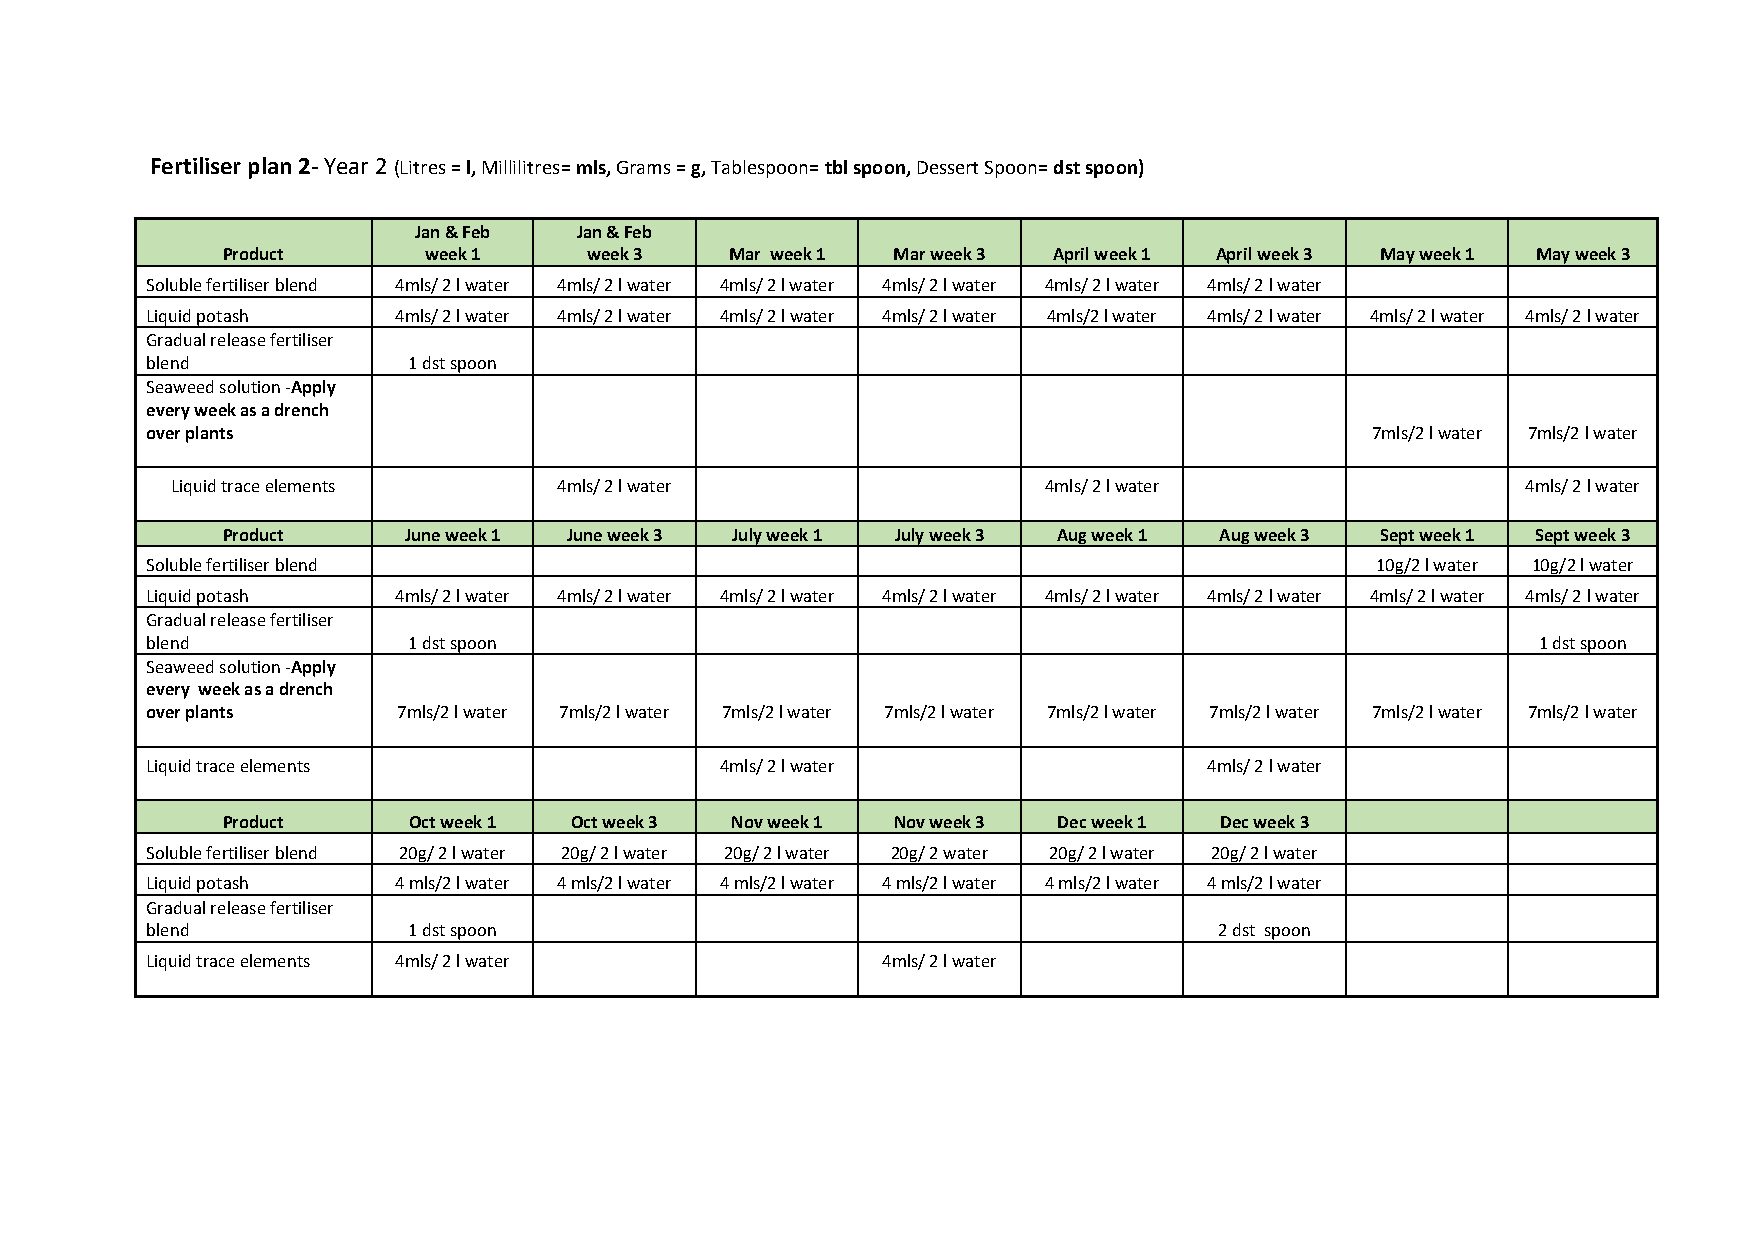
Fertiliser plan 2- Year 2 (Litres = l, Millilitres= mls, Grams = g, Tablespoon= tbl spoon, Dessert Spoon= dst spoon)
 Jan & Feb  Jan & Feb
 Product      week 1     week 3   Mar week 1 Mar week 3 April week 1 April week 3 May week 1 May week 3
 Soluble fertiliser blend 4mls/ 2 l water 4mls/ 2 l water 4mls/ 2 l water 4mls/ 2 l water 4mls/ 2 l water 4mls/ 2 l water
 Liquid potash   4mls/ 2 l water 4mls/ 2 l water 4mls/ 2 l water 4mls/ 2 l water 4mls/2 l water 4mls/ 2 l water 4mls/ 2 l water 4mls/ 2 l water
 Gradual release fertiliser
 blend            1 dst spoon
 Seaweed solution -Apply
 every week as a drench
 over plants                                                                      7mls/2 l water 7mls/2 l water
 Liquid trace elements     4mls/ 2 l water                 4mls/ 2 l water                 4mls/ 2 l water
 Product     June week 1 June week 3 July week 1 July week 3 Aug week 1 Aug week 3 Sept week 1 Sept week 3
 Soluble fertiliser blend                                                         10g/2 l water 10g/2 l water
 Liquid potash   4mls/ 2 l water 4mls/ 2 l water 4mls/ 2 l water 4mls/ 2 l water 4mls/ 2 l water 4mls/ 2 l water 4mls/ 2 l water 4mls/ 2 l water
 Gradual release fertiliser
 blend            1 dst spoon                                                                1 dst spoon
 Seaweed solution -Apply
 every week as a drench
 over plants     7mls/2 l water 7mls/2 l water 7mls/2 l water 7mls/2 l water 7mls/2 l water 7mls/2 l water 7mls/2 l water 7mls/2 l water
 Liquid trace elements                 4mls/ 2 l water                 4mls/ 2 l water
 Product     Oct week 1 Oct week 3 Nov week 1 Nov week 3 Dec week 1 Dec week 3
 Soluble fertiliser blend 20g/ 2 l water 20g/ 2 l water 20g/ 2 l water 20g/ 2 water 20g/ 2 l water 20g/ 2 l water
 Liquid potash   4 mls/2 l water 4 mls/2 l water 4 mls/2 l water 4 mls/2 l water 4 mls/2 l water 4 mls/2 l water
 Gradual release fertiliser
 blend            1 dst spoon                                           2 dst spoon
 Liquid trace elements 4mls/ 2 l water           4mls/ 2 l water